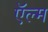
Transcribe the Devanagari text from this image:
ऍल्म